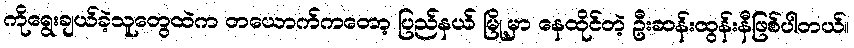
ကိုရွေးချယ်ခဲ့သူတွေထဲက တယောက်ကတော့ ပြည်နယ် မြို့မှာ နေထိုင်တဲ့ ဦးဆန်းထွန်းနီဖြစ်ပါတယ်။